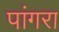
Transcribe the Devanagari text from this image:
पांगरा